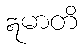
ဣမာတိ